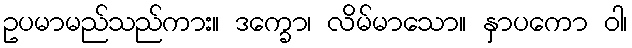
ဥပမာမည်သည်ကား။ ဒက္ခော၊ လိမ်မာသော။ နှာပကော ဝါ၊